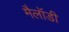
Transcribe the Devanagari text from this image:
मैलॉडी